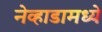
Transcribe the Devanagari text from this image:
नेव्हाडामध्ये